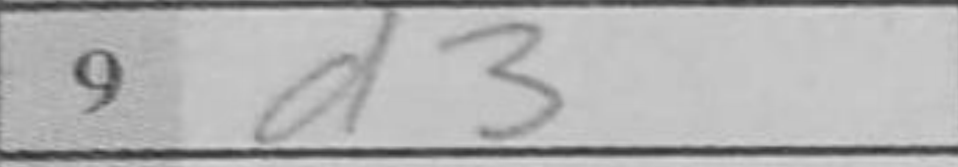
Transcription: d3